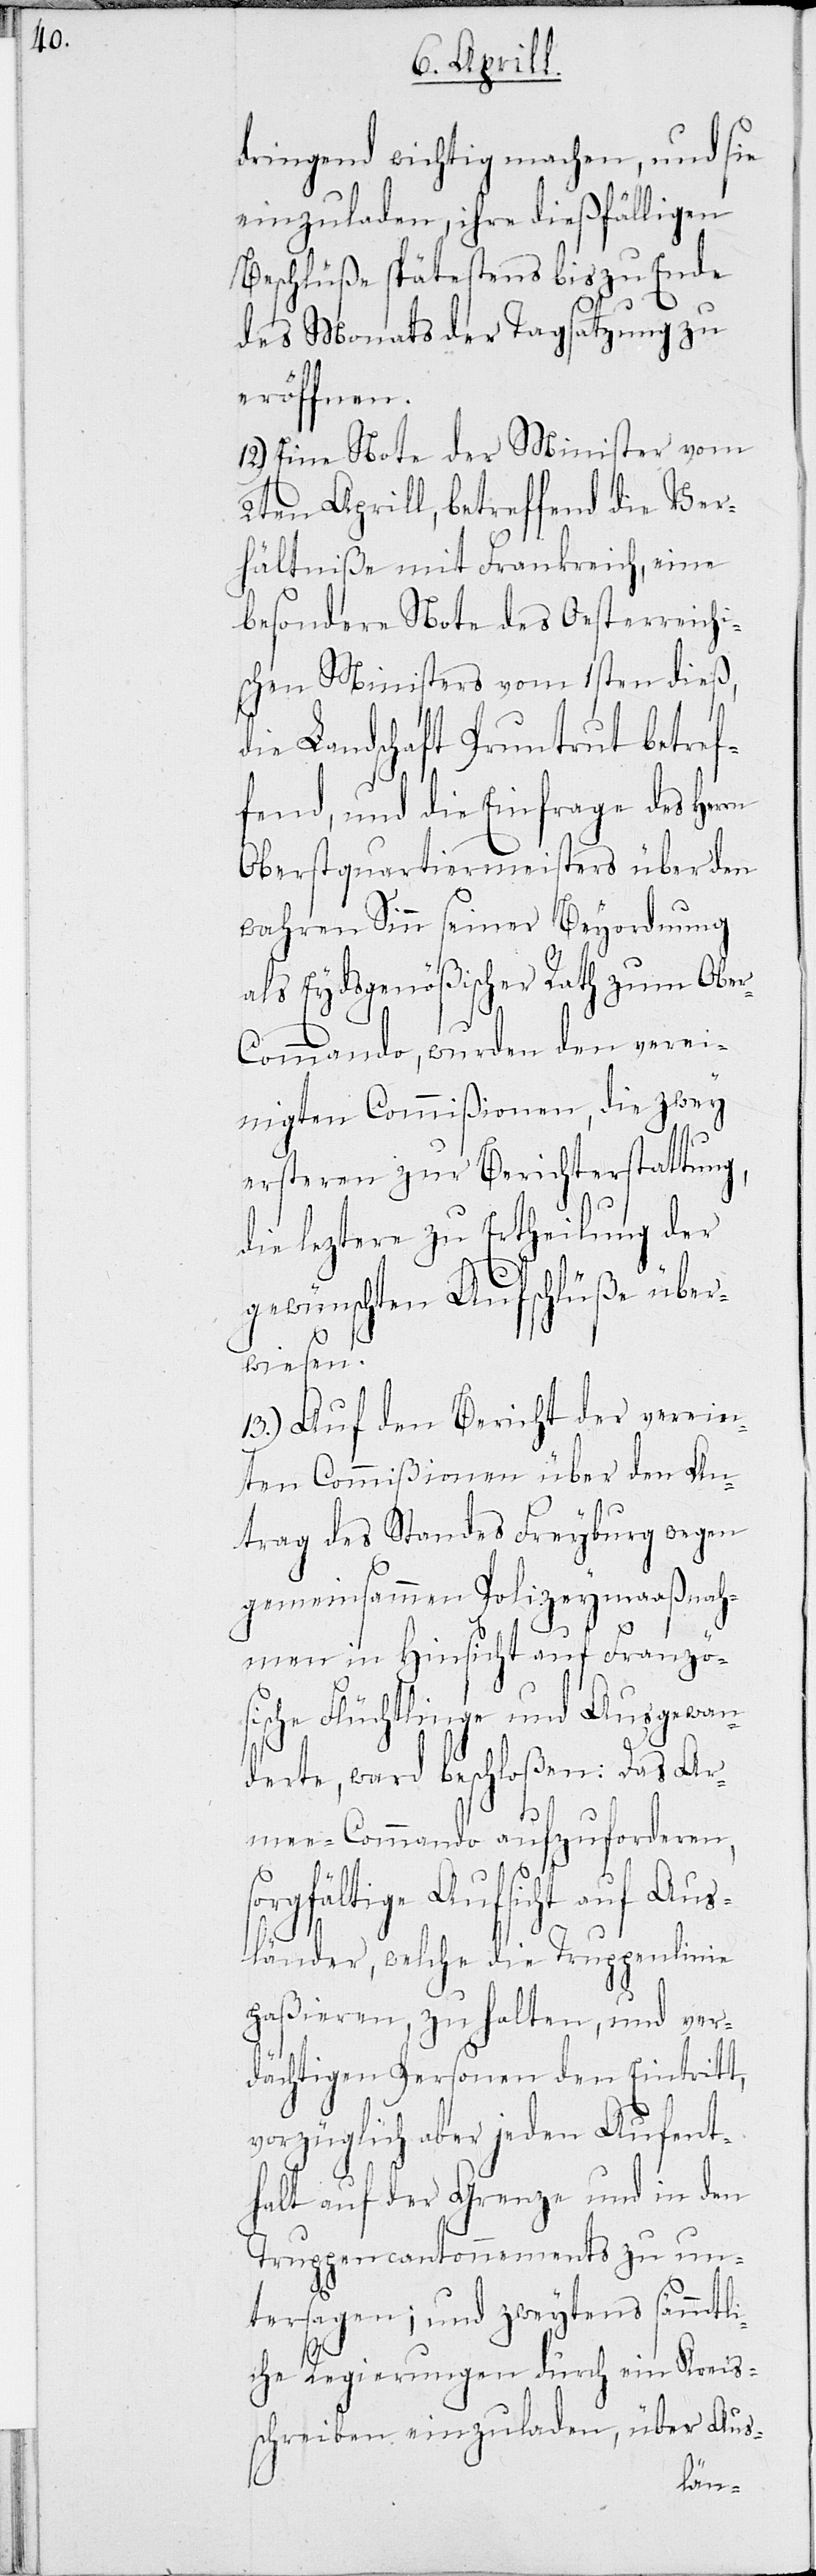
dringend wichtig machen, und sie
einzuladen, ihre dießfälligen
Beschlüße spätestens bis zu Ende
des Monats der Tagsatzung zu
eröffnen.
12.) Eine Note der Minister vom
2ten Aprill, betreffend die Ver¬
hältniße mit Frankreich, eine
besondere Note des Oesterreichi¬
schen Ministers vom 1sten dieß,
die Landschaft Pruntrut betref¬
fend, und die Einfrage des
Oberstquartiermeisters über den
wahren Sinn seiner Beyordnung
als Eydsgenößischen Rath zum Obe¬
r-Commando, wurden den verei¬
nigten Commißionen, die zwey
ersten zur Berichterstattung,
die lezten zu Ertheilung der
gewünschten Aufschlüße über¬
wiesen.
13.) Auf den Bericht der verein¬
ten Commißionen über den An¬
trag des Standes Freyburg wegen
gemeinsammen Polizeymaßnaah¬
men in Hinsicht auf Französ¬
ische Flüchtlinge und Ausgewan¬
derte, ward beschloßen: Das Ar¬
mee-Commando aufzuforderen,
sorgfältige Aufsicht auf Aus¬
länder welche die Truppenlinie
paßieren, zu halten, und ver¬
dächtigen Personen den Eintritt,
vorzüglich aber jeden Aufent¬
halt auf der Grenzen und in den
Truppencantonnements zu un¬
tersagen; und zweytens sämmtli¬
che Regierungen durch ein Kreis¬
schreiben einzuladen, über Aus-